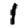
Digit: 1